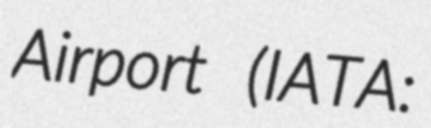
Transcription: Airport (IATA: